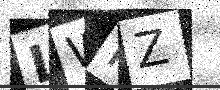
Text: LWHZ